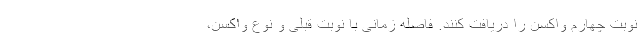
نوبت چهارم واکسن را دریافت کنند. فاصله زمانی با نوبت قبلی و نوع واکسن،